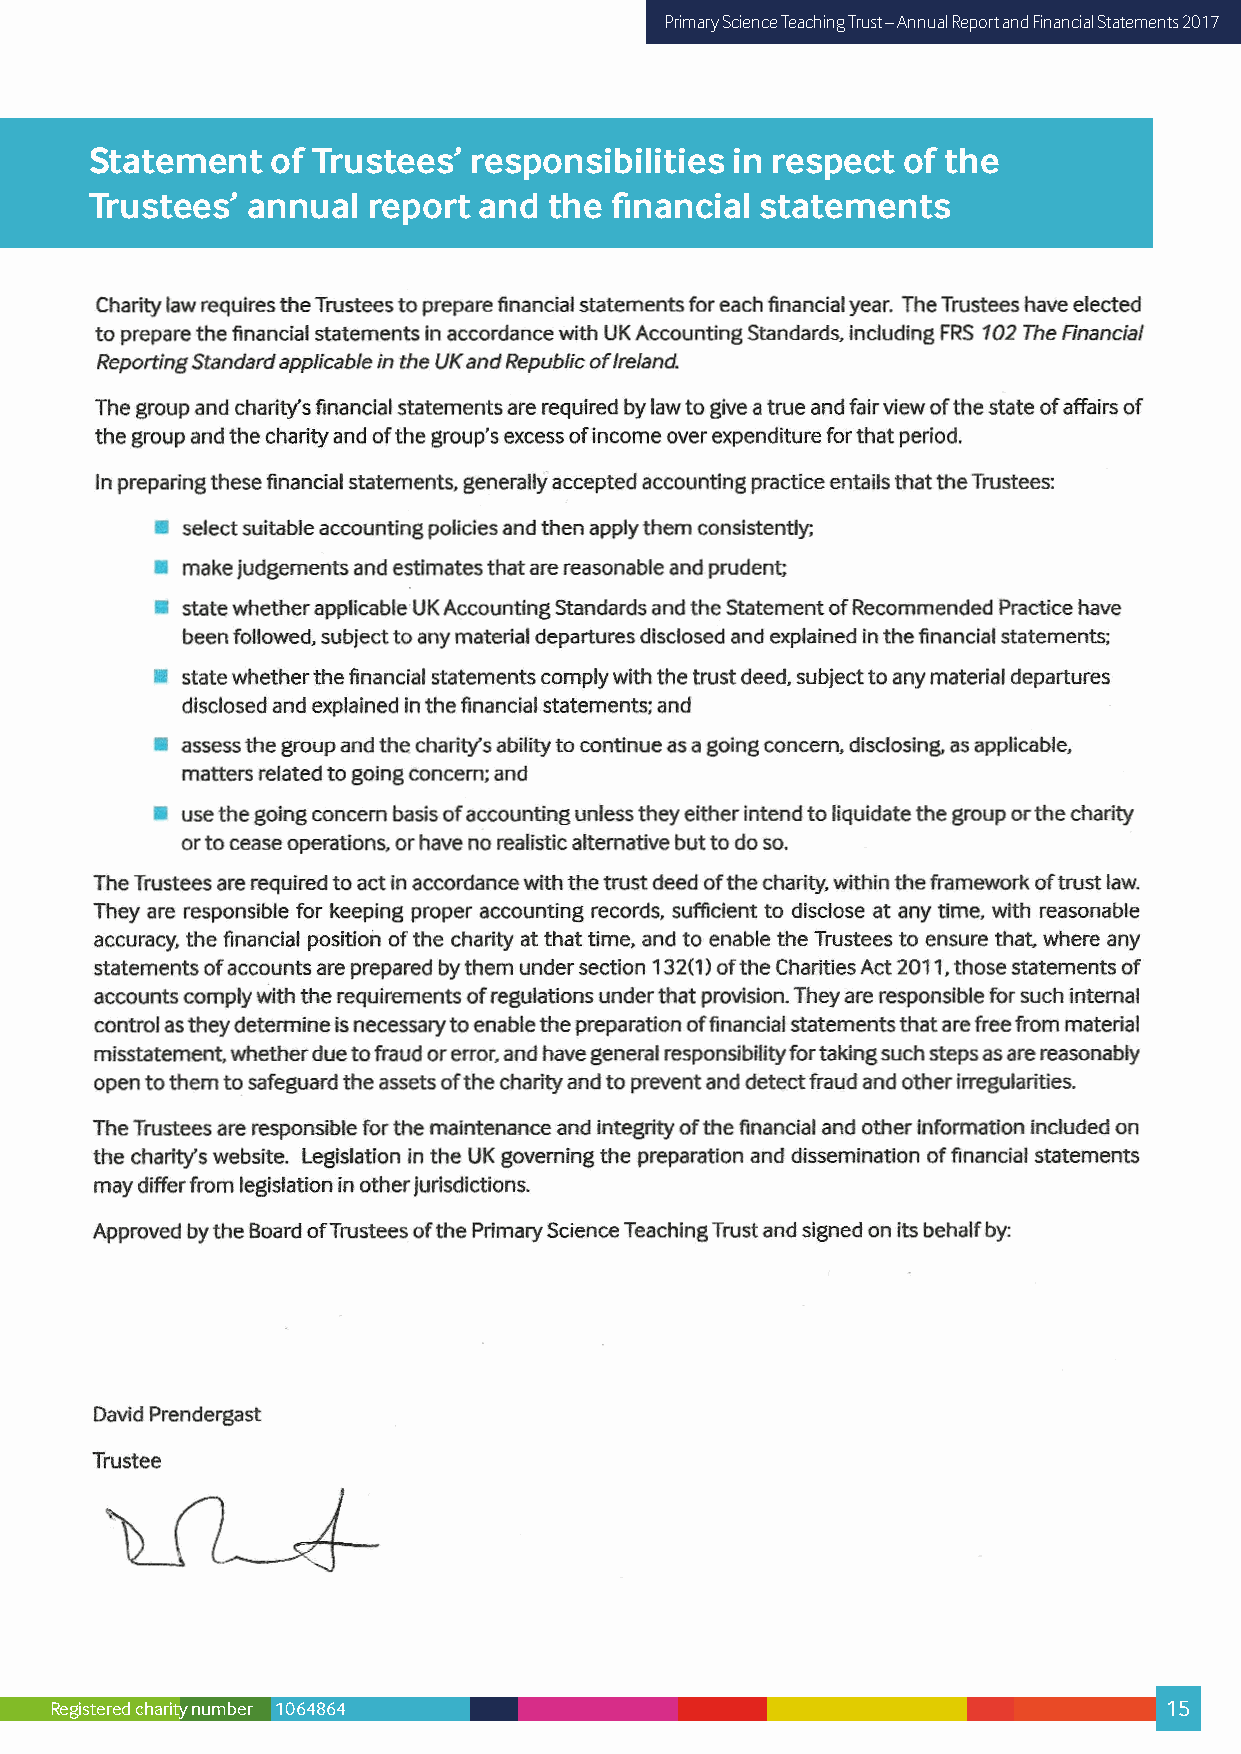
Primary Science Teaching Trust – Annual Report and Financial Statements 2017
 Statement   of Trustees’ responsibilities in respect  of the
 Trustees’ annual  report  and the financial statements
 Registered charity number 1064864                                         15